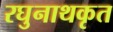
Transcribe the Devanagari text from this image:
रघुनाथकृत